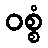
ဝစ္စံ